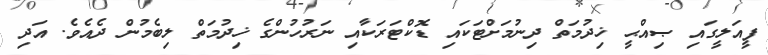
ފީއަލީގައި ޞިއްޙީ ޚިދުމަތް ދިނުމަށްޓަކައި ޑޮކްޓަރަކާއި ނަރުހުންގެ ޚިދުމަތް ލިބެމުން ދެއެވެ. އަދި